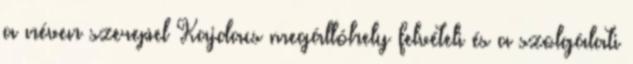
a néven szerepel Kajdacs megállóhely felvételi és a szolgálati